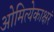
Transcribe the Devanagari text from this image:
ओमित्येकाक्षरं